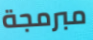
مبرمجة